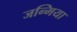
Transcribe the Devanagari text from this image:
जन्मिया